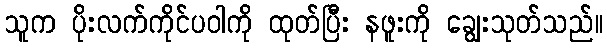
သူက ပိုးလက်ကိုင်ပဝါကို ထုတ်ပြီး နဖူးကို ချွေးသုတ်သည်။